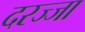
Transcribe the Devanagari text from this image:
दरज्जा